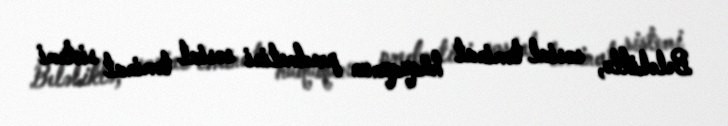
Beləliklə, sosial təminat hüququnun predmetini sosial təminat sistemi